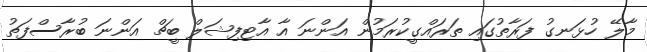
މާލޭ ހުޅަނގު ފަރާތުގައި ތަރައްގީކުރަމުން އަންނަ އާ އާޓިފިޝަލް ބީޗް އަންނަ ބުރާސްފަތު